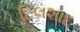
દિલશાદ